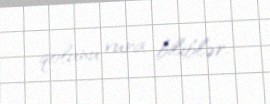
qolunu vura biliblər.